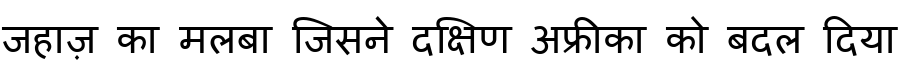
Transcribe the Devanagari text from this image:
जहाज़ का मलबा जिसने दक्षिण अफ्रीका को बदल दिया